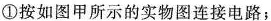
①按如图甲所示的实物图连接电路；